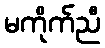
မကိုက်ညီ